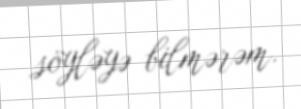
söyləyə bilmərəm.